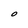
Character: O